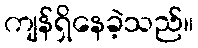
ကျန်ရှိနေခဲ့သည်။